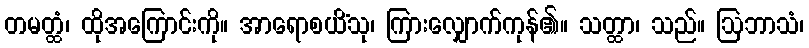
တမတ္ထံ၊ ထိုအကြောင်းကို။ အာရောစယိံသု၊ ကြားလျှောက်ကုန်၏။ သတ္ထာ၊ သည်။ ဩဘာသံ၊